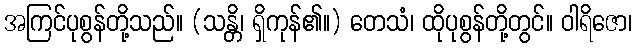
အကြင်ပုစွန်တို့သည်။ (သန္တိ၊ ရှိကုန်၏။) တေသံ၊ ထိုပုစွန်တို့တွင်။ ဝါရိဇော၊